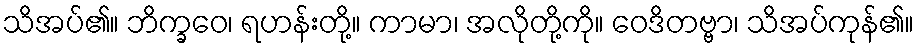
သိအပ်၏။ ဘိက္ခဝေ၊ ရဟန်းတို့။ ကာမာ၊ အလိုတို့ကို။ ဝေဒိတဗ္ဗာ၊ သိအပ်ကုန်၏။